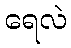
ရေလဲ